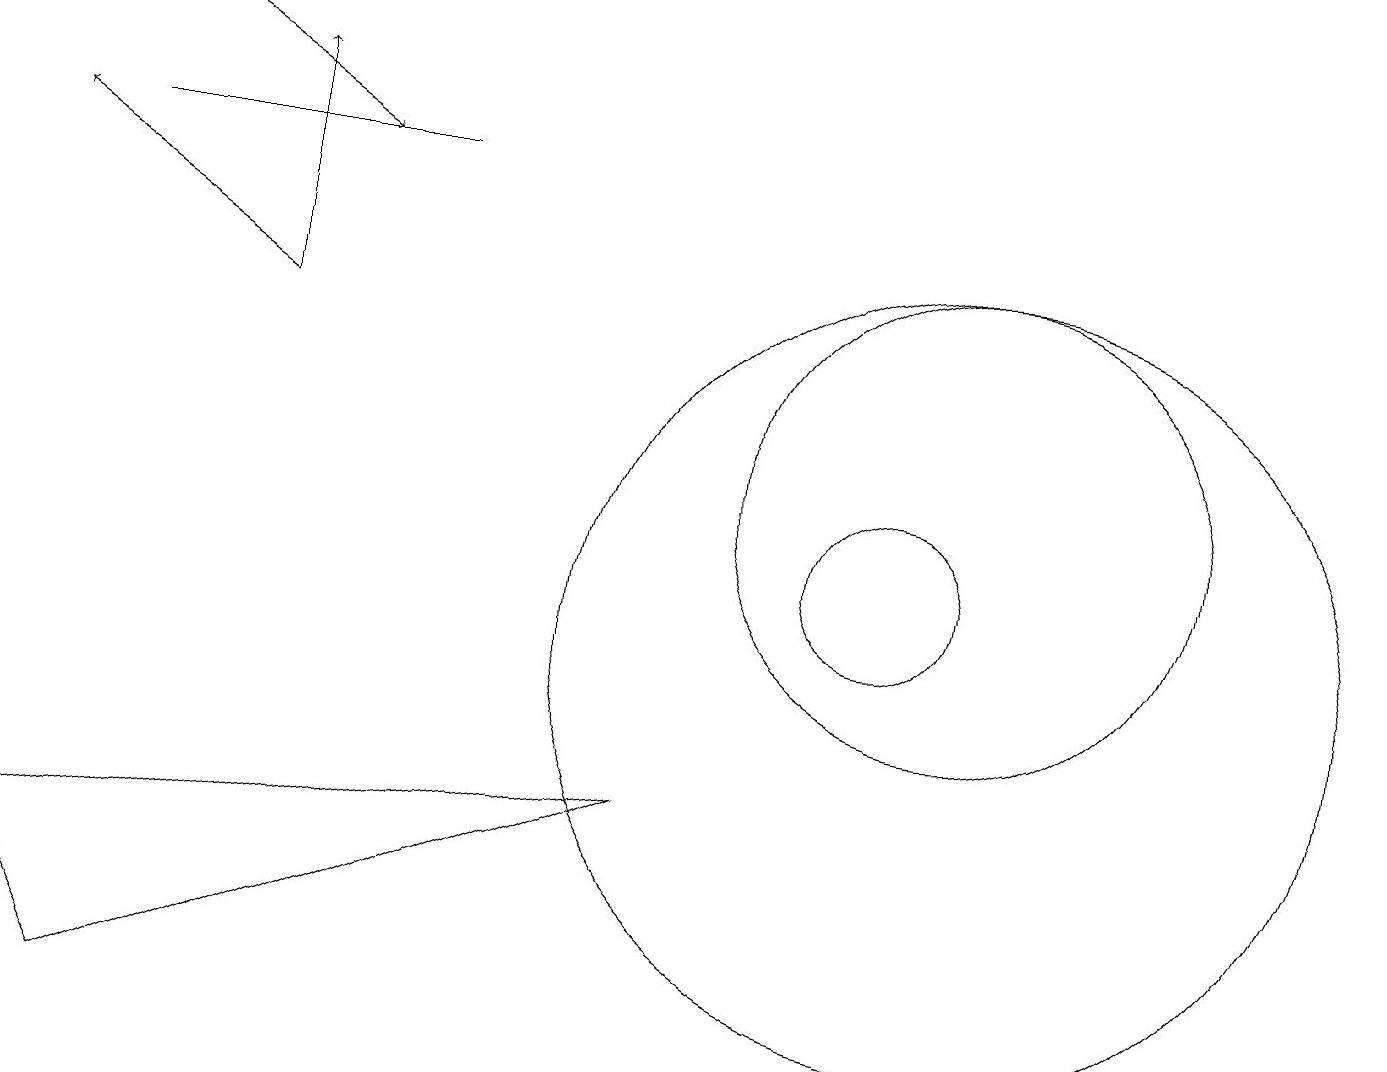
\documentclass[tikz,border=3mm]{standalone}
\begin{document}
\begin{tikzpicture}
\draw (12,10) circle (5);
\draw (12,12) circle (3);
\draw (1,16) rectangle (5,16);
\draw[->] (3,14) -- (0,16);
\draw (11,11) circle (1);
\draw[->] (3,14) -- (3,17);
\draw (8,8) -- (0,7) -- (1,5) -- cycle;
\draw[->] (1,18) -- (4,16);
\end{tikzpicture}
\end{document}